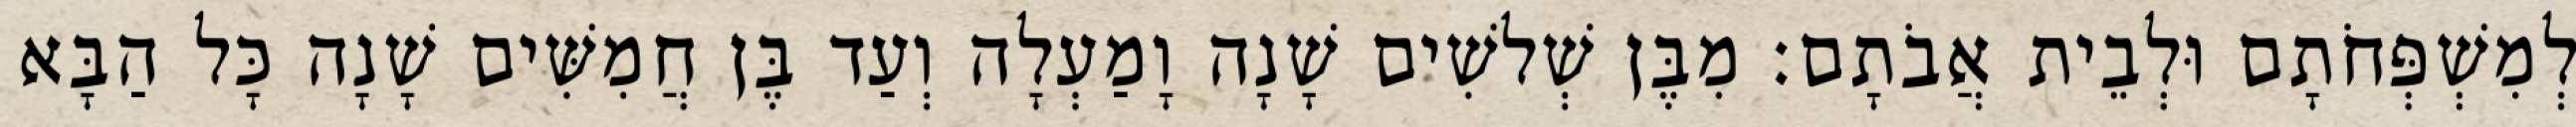
לְמִשְׁפְּחֹתָם וּלְבֵית אֲבֹתָם׃ מִבֶּן שְׁלשִׁים שָׁנָה וָמַעְלָה וְעַד בֶּן חֲמִשִּׁים שָׁנָה כָּל הַבָּא